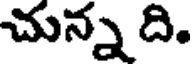
చున్న ది.